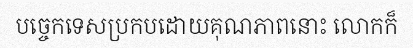
បច្ចេកទេសប្រកបដោយគុណភាពនោះ លោកក៏